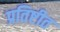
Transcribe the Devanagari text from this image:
प्रतिष्टीत